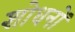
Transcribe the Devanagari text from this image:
शोधनों